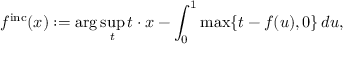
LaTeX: f ^ { \mathrm { i n c } } ( x ) : = \arg \operatorname* { s u p } _ { t } t \cdot x - \int _ { 0 } ^ { 1 } \operatorname* { m a x } \{ t - f ( u ) , 0 \} \, d u ,